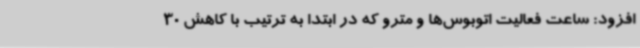
افزود: ساعت فعالیت اتوبوس‌ها و مترو که در ابتدا به ترتیب با کاهش 30